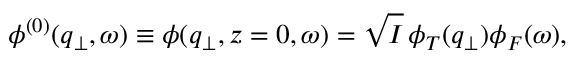
\phi ^ { ( 0 ) } ( { \boldsymbol { q } } _ { \perp } , \omega ) \equiv \phi ( { \boldsymbol { q } } _ { \perp } , z = 0 , \omega ) = \sqrt { I } \, \phi _ { T } ( { \boldsymbol { q } } _ { \perp } ) \phi _ { F } ( \omega ) ,